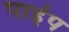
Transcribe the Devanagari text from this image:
पार्इप